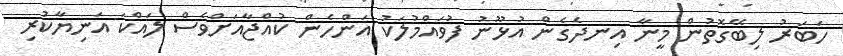
ހަބަރު ލިބޭގޮތުން މީނާ އިނދެގެން އުޅޫނު ފުވައްމުލަކު އަންހެން ކުއްޖާއަށްވެސް ލައްކަ އަނިޔާކުރި